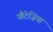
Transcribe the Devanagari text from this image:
फैंटेज़िया